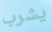
يشرب